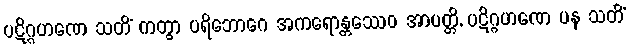
ပဋိဂ္ဂဟဏေ သတိံ ကတွာ ပရိဘောဂေ အကရောန္တဿေဝ အာပတ္တိ, ပဋိဂ္ဂဟဏေ ပန သတိံ